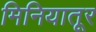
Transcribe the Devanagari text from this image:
मिनियातूर